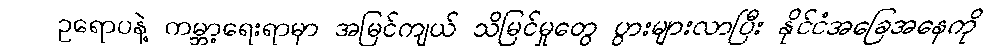
ဥရောပနဲ့ ကမ္ဘာ့ရေးရာမှာ အမြင်ကျယ် သိမြင်မှုတွေ ပွားများလာပြီး နိုင်ငံအခြေအနေကို